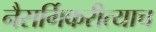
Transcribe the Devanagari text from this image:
नैसर्गिकरीत्याच